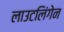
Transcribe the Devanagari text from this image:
लाउटलिंगेन